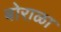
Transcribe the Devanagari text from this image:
बोराळा